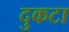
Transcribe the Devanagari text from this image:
दुकटा